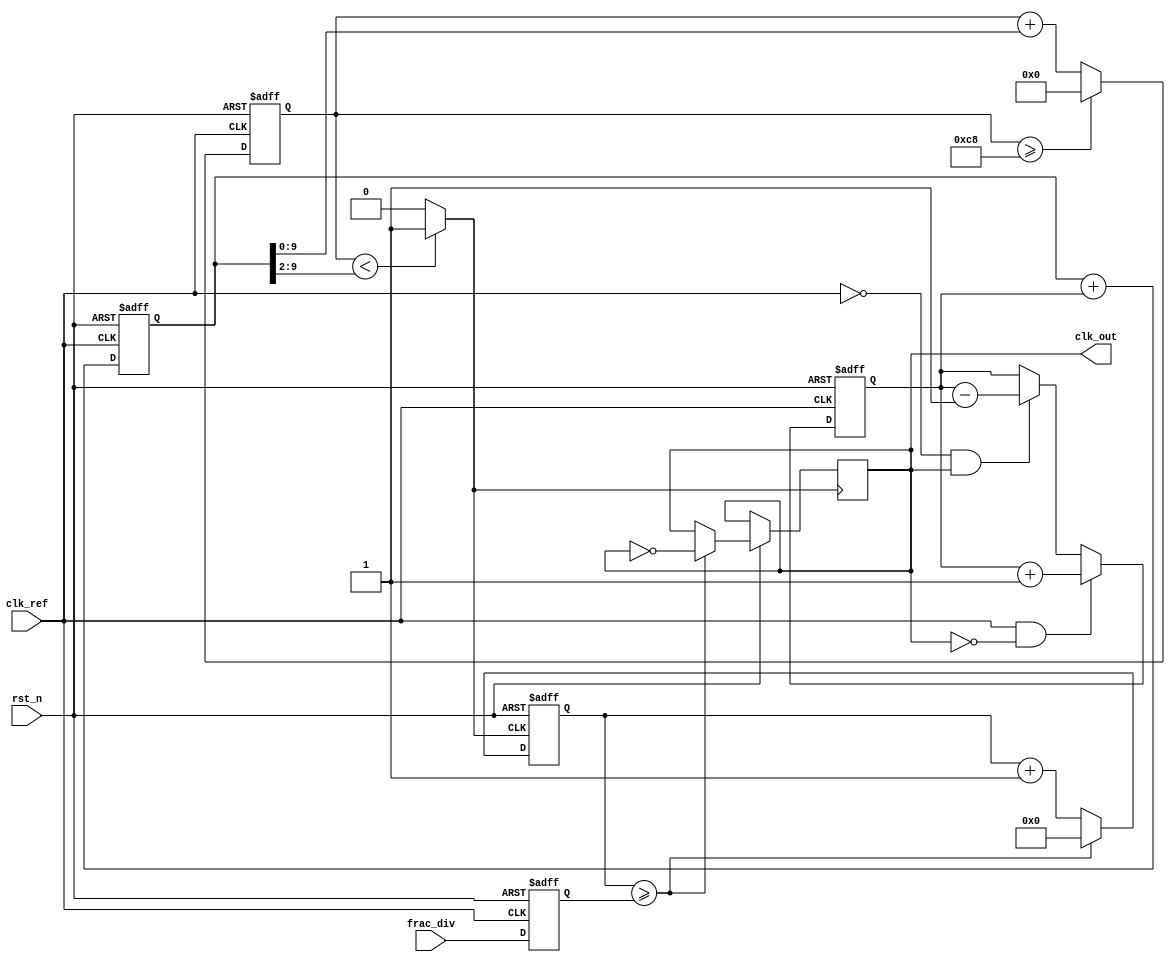
module fractional_pll (
    input wire clk_ref,       // Reference clock
    input wire rst_n,         // Active low reset
    input wire [N-1:0] frac_div, // Desired fractional division value from memory
    output wire clk_out       // Output clock
);

parameter N = 8; // Number of bits for fractional division
parameter VCO_MAX_FREQ = 200; // Max frequency for VCO
parameter VCO_MIN_FREQ = 20;  // Min frequency for VCO

// Internal signals
reg [N-1:0] frequency_divisor;
reg [N-1:0] phase_error;
reg [31:0] control_voltage; // Control Voltage to the VCO
wire vco_out;               // VCO output clock
wire feedback_clk;          // Feedback clock from frequency divider

// Phase Detector (PD)
always @(posedge clk_ref or negedge rst_n) begin
    if (!rst_n) begin
        phase_error <= 0;
    end else begin
        // Simple phase error calculation
        // Here you'll compare the phase of clk_ref and feedback_clk
        // This is simplified; actual implementation would depend on edge detection
        if (clk_ref && !feedback_clk) begin
            phase_error <= phase_error + 1; // Increment error
        end else if (!clk_ref && feedback_clk) begin
            phase_error <= phase_error - 1; // Decrement error
        end
    end
end

// Loop Filter (Low Pass Filter)
always @(posedge clk_ref or negedge rst_n) begin
    if (!rst_n) begin
        control_voltage <= 0;
    end else begin
        // Simple proportional filtering for demonstration
        control_voltage <= control_voltage + phase_error; // Basic filter
    end
end

// Voltage-Controlled Oscillator (VCO)
reg [31:0] vco_counter = 0;

always @(posedge clk_ref or negedge rst_n) begin
    if (!rst_n) begin
        vco_counter <= 0;
    end else begin
        // Adjust VCO frequency based on control voltage
        vco_counter <= (vco_counter >= VCO_MAX_FREQ) ? 0 : vco_counter + control_voltage[9:0];
    end
end

assign vco_out = (vco_counter < (control_voltage[9:0] >> 2)) ? 1 : 0; // Simple VCO output generation

// Frequency Divider
reg [N-1:0] div_counter = 0;

always @(posedge vco_out or negedge rst_n) begin
    if (!rst_n) begin
        div_counter <= 0;
    end else begin
        if (div_counter >= frequency_divisor) begin
            div_counter <= 0;
            feedback_clk <= ~feedback_clk; // Toggle feedback clock
        end else begin
            div_counter <= div_counter + 1;
        end
    end
end

// Control Logic
always @(posedge clk_ref or negedge rst_n) begin
    if (!rst_n) begin
        frequency_divisor <= 0;
    end else begin
        frequency_divisor <= frac_div; // Update frequency divisor from memory blocks
    end
end

// Output Buffer
assign clk_out = feedback_clk;

endmodule